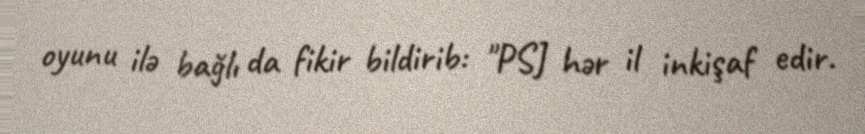
oyunu ilə bağlı da fikir bildirib: "PSJ hər il inkişaf edir.